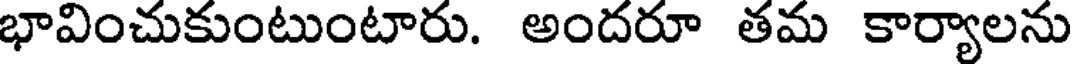
భావించుకుంటుంటారు. అందరూ తమ కార్యాలను